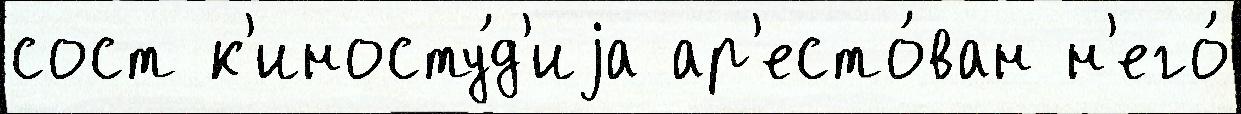
сост к'иносту́д'иjа ар'есто́ван н'его́